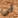
لي